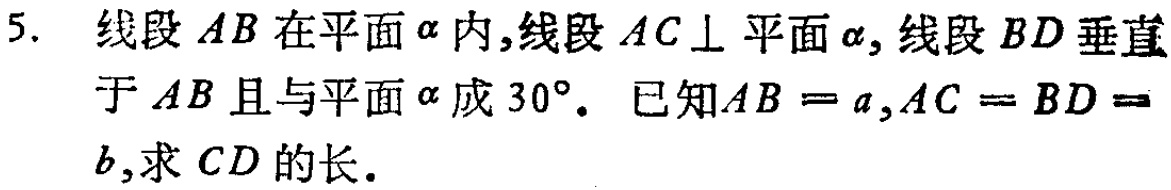
5. 线段\(AB\)在平面\(\alpha\)内，线段\(AC\perp\)平面\(\alpha\)，线段\(BD\)垂直于\(AB\)且与平面\(\alpha\)成\(30^{\circ}\)。已知\(AB = a,AC = BD = b\)，求\(CD\)的长。